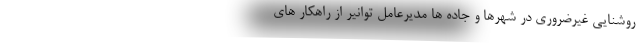
روشنایی غیرضروری در شهرها و جاده ها مدیرعامل توانیر از راهکار های